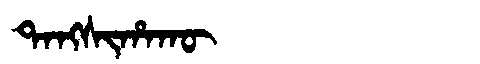
Manchu: ᡨᠠᠩᠰᡳᡥᠠᡴᡡ
Romanization: TANGSIHAKŪ